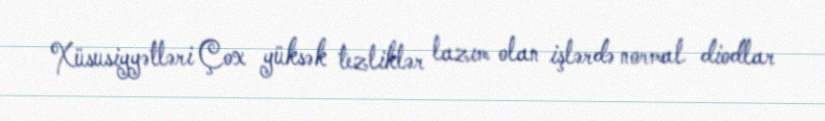
Xüsusiyyətləri Çox yüksək tezliklər lazım olan işlərdə normal diodlar